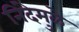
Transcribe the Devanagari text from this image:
निंदेमुळे